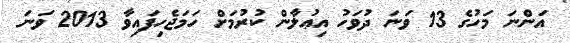
އަންނަ މަހުގެ 13 ވަނަ ދުވަހު އިޢުލާން ކުރުމަށް ހަމަޖެހިފައިވާ 2013 ވަނަ